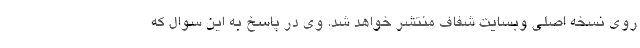
روی نسخه اصلی وبسایت شفاف منتشر خواهد شد. وی در پاسخ به این سوال که